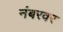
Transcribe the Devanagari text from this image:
नंबरवर